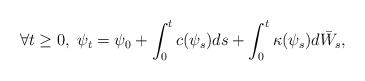
LaTeX: \begin{align*}\forall t\geq 0,\; \psi_t= \psi_0+ \int_0^t c(\psi_s)ds + \int_0^t \kappa(\psi_s) d\bar{W}_s,\end{align*}